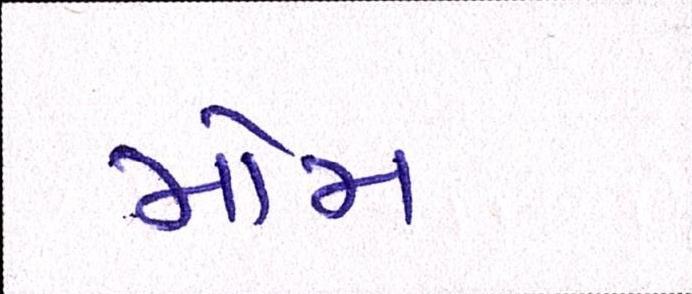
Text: મોમ